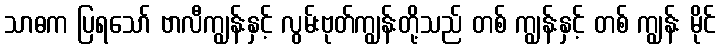
သာဓက ပြရသော် ဗာလီကျွန်းနှင့် လွမ်းဗုတ်ကျွန်းတို့သည် တစ် ကျွန်းနှင့် တစ် ကျွန်း မိုင်